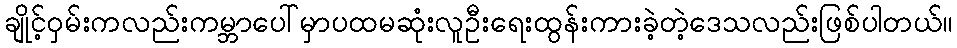
ချိုင့်ဝှမ်းကလည်းကမ္ဘာပေါ်မှာပထမဆုံးလူဦးရေးထွန်းကားခဲ့တဲ့ဒေသလည်းဖြစ်ပါတယ်။